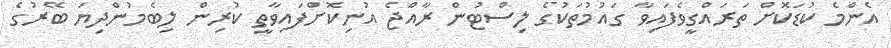
އެންމެ ކުޑަކޮށް ތަރައްގީވެފައިވާ ގައުމުތަކުގެ ލިސްޓުން ރާއްޖެ އުނިކޮށްފައިވާތީ ކުރިން ލިބެމުންދިޔަ ބޭރުގެ